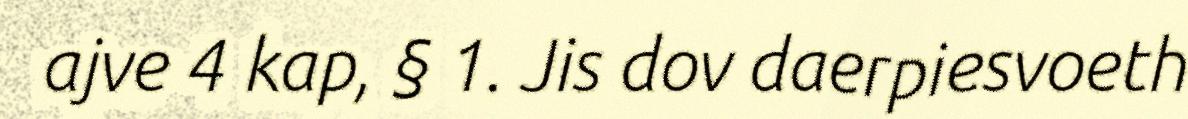
ajve 4 kap, § 1. Jis dov daerpiesvoeth